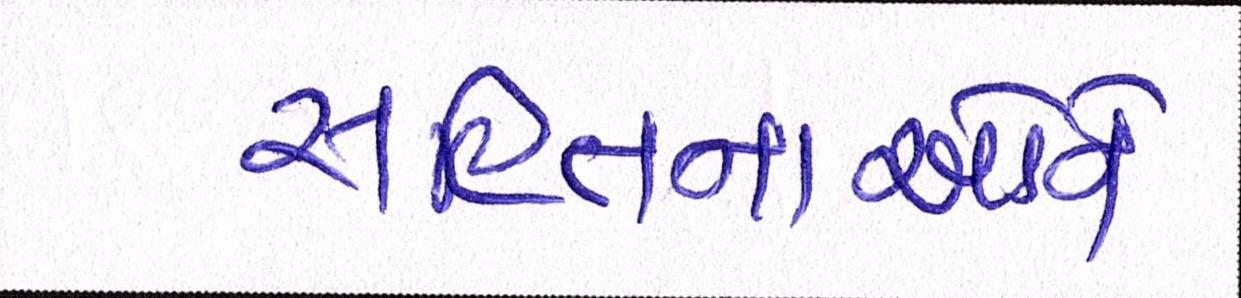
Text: સહિતનાઓને